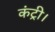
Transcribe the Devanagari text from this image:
कंट्री।